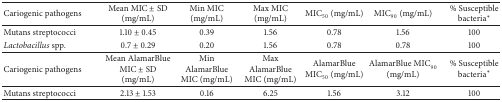
| Cariogenic pathogens | Mean MIC ± SD (mg/mL) | Min MIC (mg/mL) | Max MIC (mg/mL) | MIC50 (mg/mL) | MIC90 (mg/mL) | % Susceptible bacteria* |
 | --- | --- | --- | --- | --- | --- | --- |
 | Mutans streptococci | 1.10 ± 0.45 | 0.39 | 1.56 | 0.78 | 1.56 | 100 |
 | Lactobacillus spp. | 0.7 ± 0.29 | 0.20 | 1.56 | 0.78 | 0.78 | 100 |
 | Cariogenic pathogens | Mean AlamarBlue MIC ± SD (mg/mL) | Min AlamarBlue MIC (mg/mL) | Max AlamarBlue MIC (mg/mL) | AlamarBlue MIC50 (mg/mL) | AlamarBlue MIC90 (mg/mL) | % Susceptible bacteria* |
 | Mutans streptococci | 2.13 ± 1.53 | 0.16 | 6.25 | 1.56 | 3.12 | 100 |